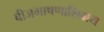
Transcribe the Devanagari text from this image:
बीजभाषणाशिवाय